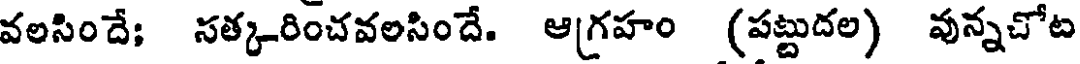
వలసిందే; సత్కరించవలసిందే. ఆగ్రహం (పట్టుదల) వున్నచోట